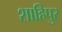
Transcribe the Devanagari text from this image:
शाहिपुर